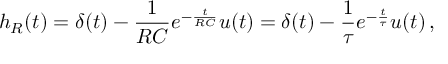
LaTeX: h _ { R } ( t ) = \delta ( t ) - { \frac { 1 } { R C } } e ^ { - { \frac { t } { R C } } } u ( t ) = \delta ( t ) - { \frac { 1 } { \tau } } e ^ { - { \frac { t } { \tau } } } u ( t ) \, ,